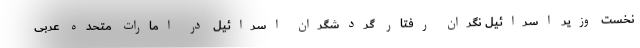
نخست وزیر اسرائیل نگران رفتار گردشگران اسرائیل در امارات متحده عربی